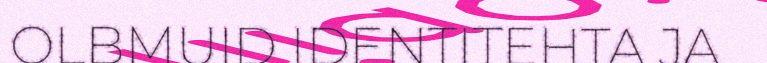
OLBMUID IDENTITEHTA JA